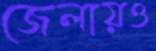
জেলায়ও